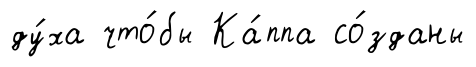
ду́ха что́бы Ка́ппа со́зданы